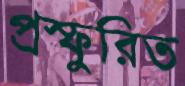
প্রস্ফুরিত